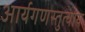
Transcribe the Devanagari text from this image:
आर्यगणस्तुत्याय